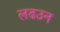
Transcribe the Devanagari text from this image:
लढउन